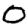
Digit: 0